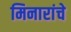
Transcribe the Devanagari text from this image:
मिनारांचे